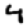
Digit: 4